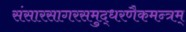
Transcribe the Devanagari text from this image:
संसारसागरसमुद्धरणैकमन्त्रम्